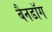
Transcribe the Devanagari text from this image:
बैनडॉग